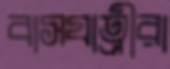
বাসযাত্রীরা